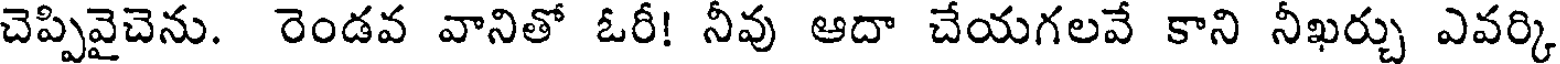
చెప్పివైచెను. రెండవ వానితో ఓరీ! నీవు ఆదా చేయగలవే కాని నీఖర్చు ఎవర్కి